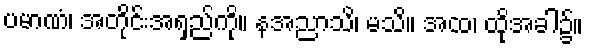
ပမာဏံ၊ အတိုင်းအရှည်ကို။ နအညာသိ၊ မသိ။ အထ၊ ထိုအခါ၌။